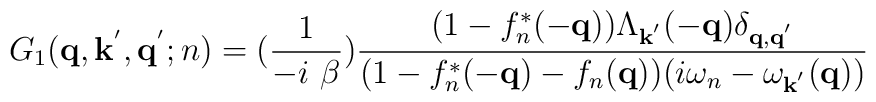
G_{1}({\bf{q}}, {\bf{k}}^{'}, {\bf{q}}^{'}; n) = (\frac{1}{-i \mbox{ }\beta})\frac{ (1-f_{n}^{*}(-{\bf{q}}) ) \Lambda_{ {\bf{k}}^{'} }(-{\bf{q}})\delta_{ {\bf{q}}, {\bf{q}}^{'} } }{(1- f_{n}^{*}(-{\bf{q}}) - f_{n}({\bf{q}}) ) ( i\omega_{n} - \omega_{ {\bf{k}}^{'} }({\bf{q}}) ) }